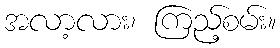
အလာ့လား၊ ကြည့်စမ်း။